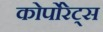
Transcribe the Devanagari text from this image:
कोर्पोरेट्स